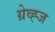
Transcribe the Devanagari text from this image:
ग्रेव्ह्ज